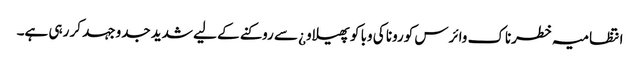
انتظامیہ خطرناک وائرس کورونا کی وبا کو پھیلاو¿ سے روکنے کے لیے شدید جدوجہد کر رہی ہے۔